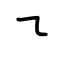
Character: ㇍